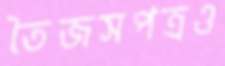
তৈজসপত্রও